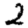
Digit: 2